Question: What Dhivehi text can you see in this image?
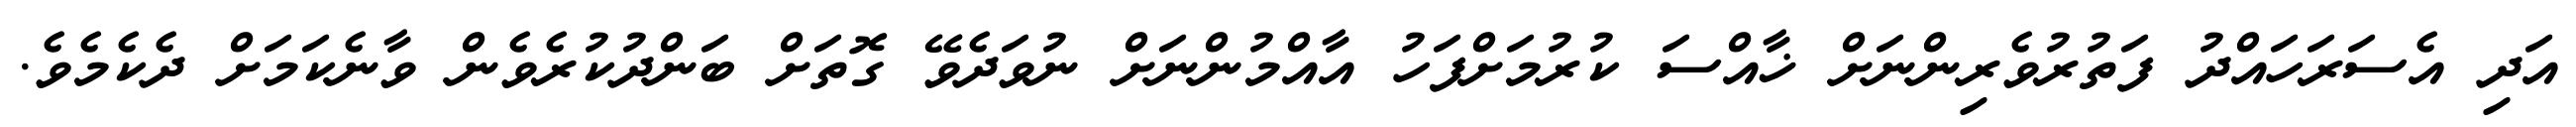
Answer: އަދި އެސަރަހައްދު ފަތުރުވެރިންނަށް ޚާއްސަ ކުރުމަށްފަހު އާއްމުންނަށް ނުވަދެވޭ ގޮތަށް ބަންދުކުރެވެން ވާނެކަމަށް ދެކެމެވެ.